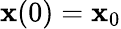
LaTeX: \mathbf{x}(0)=\mathbf{x}_{0}